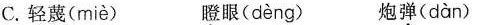
C. 轻蔑( miè ) 瞪眼( dèng) 炮弹( dàn )